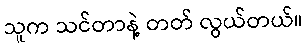
သူက သင်တာနဲ့ တတ် လွယ်တယ်။